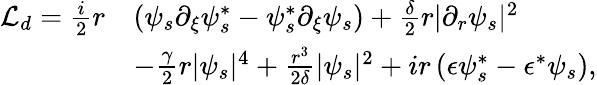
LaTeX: \begin{array}{rl}{\mathcal{L}_{d}=\frac{i}{2}r}&{\left(\psi_{s}\partial_{\xi}\psi_{s}^{*}-\psi_{s}^{*}\partial_{\xi}\psi_{s}\right)+\frac{\delta}{2}r|\partial_{r}\psi_{s}|^{2}}\\ &{-\frac{\gamma}{2}r|\psi_{s}|^{4}+\frac{r^{3}}{2\delta}|\psi_{s}|^{2}+ir\left(\epsilon\psi_{s}^{*}-\epsilon^{*}\psi_{s}\right),}\end{array}